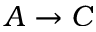
A \rightarrow C